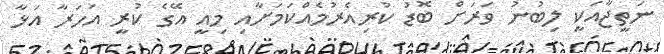
ނަތީޖާއަކީ ލިބުނު ވަރަށް ބޮޑު ކުރިއެރުމެއްކަމަށާއި މިއީ އޭގެ ކުރީ އަހަރާ އަޅާ